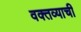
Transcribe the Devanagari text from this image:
वक्तव्याची